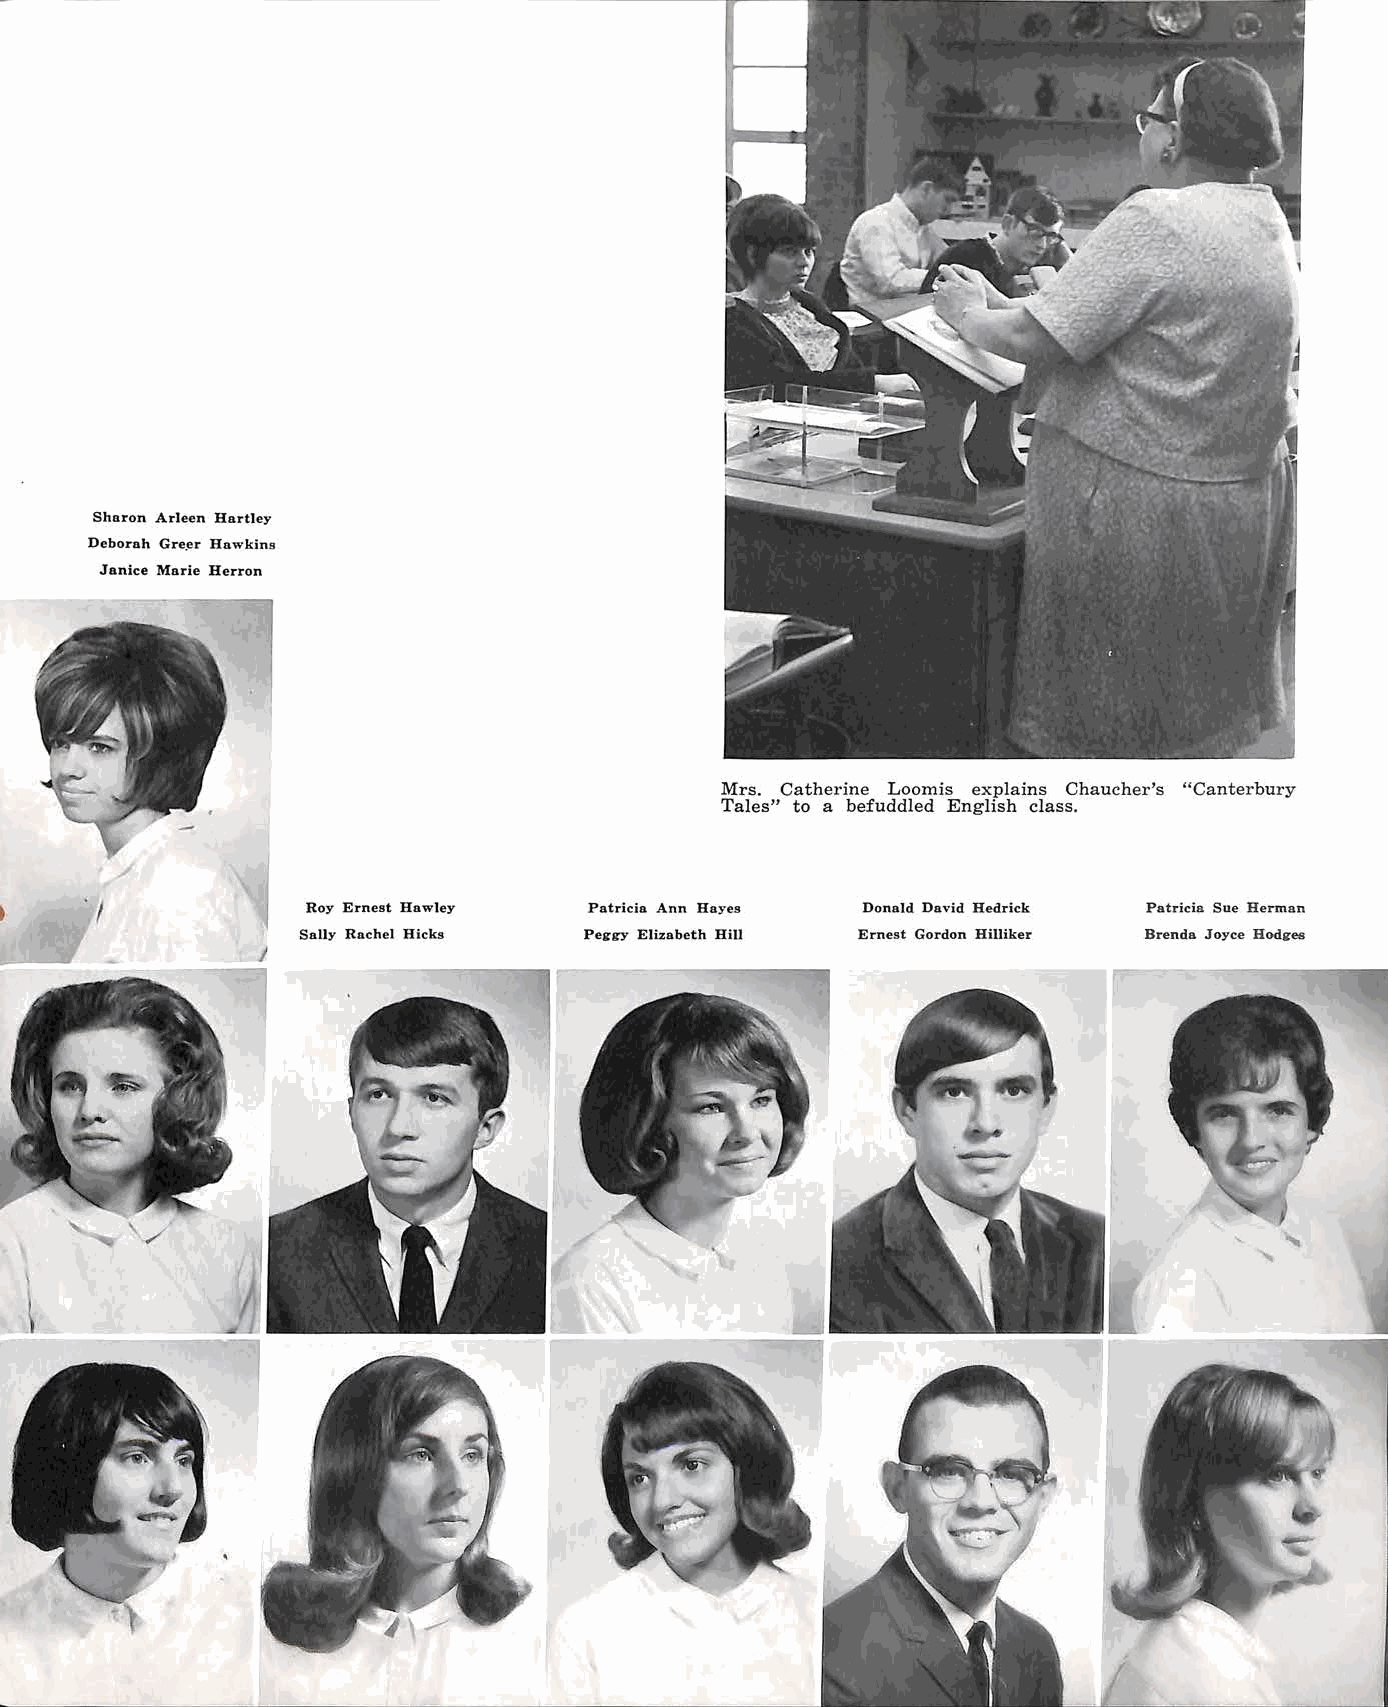
Sharon Arleen Hartley
 Deborah Gre.er Hawkins
 Janice Marie Herron
 Mrs. Catherine Loomis explains Chaucher's "Canterbury
 Tales" to a befuddled English class.
 _/
 I             Roy Ernest Hawley  Patricia Ann Hayes Donald David Hedrick Patricia Sue Berman
 Sally Rachel Hicks Peirgy Elizabeth Bitl Ernest Gordon Hilliker Brenda Joyce Hoda-es